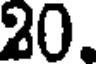
20.